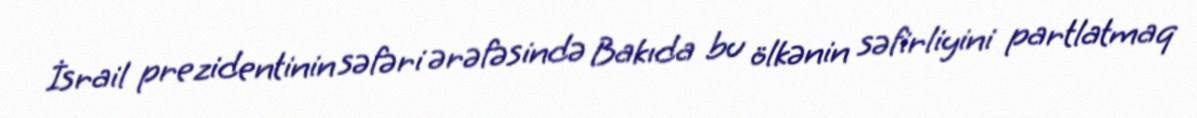
İsrail prezidentinin səfəri ərəfəsində Bakıda bu ölkənin səfirliyini partlatmaq